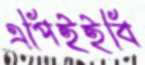
এপিইইবি